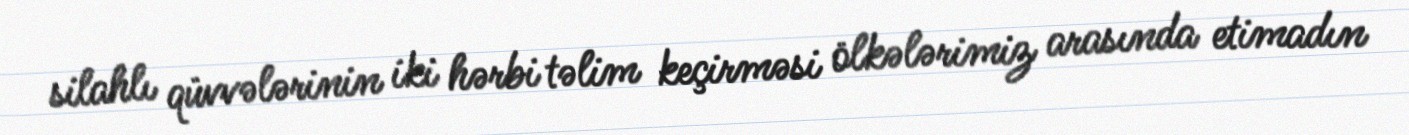
silahlı qüvvələrinin iki hərbi təlim keçirməsi ölkələrimiz arasında etimadın